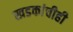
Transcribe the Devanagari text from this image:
खडकांचीही